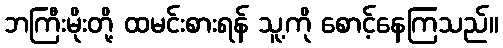
ဘကြီးမိုးတို့ ထမင်းစားရန် သူ့ကို စောင့်နေကြသည်။